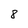
Character: 8